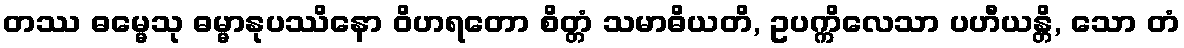
တဿ ဓမ္မေသု ဓမ္မာနုပဿိနော ဝိဟရတော စိတ္တံ သမာဓိယတိ, ဥပက္ကိလေသာ ပဟီယန္တိ, သော တံ